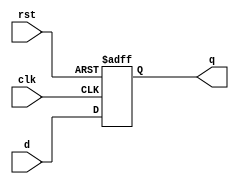
module InputRegister (
    input wire clk,       // Clock signal
    input wire rst,       // Reset signal (active high)
    input wire [N-1:0] d, // Data input (N-bit input)
    output reg [N-1:0] q  // Data output (N-bit output)
);
    parameter N = 8; // Parameter to define the width of the register (adjust as needed)

    // Sequential logic for the input register
    always @(posedge clk or posedge rst) begin
        if (rst) begin
            q <= 0; // Asynchronous reset to 0
        end else begin
            q <= d; // Capture input data on clock edge
        end
    end
endmodule